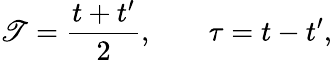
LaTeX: \mathscr{T}=\frac{{t+t^{\prime}}}{{2}},\; \; \; \; \; \; \; \tau=t-t^{\prime},